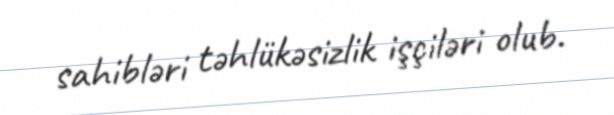
sahibləri təhlükəsizlik işçiləri olub.